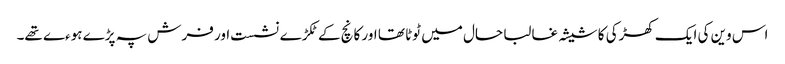
اس وین کی ایک کھڑکی کا شیشہ غالبا حال میں ٹوٹا تھا اور کانچ کے ٹکڑے نشست اور فرش پہ پڑے ہوءے تھے۔